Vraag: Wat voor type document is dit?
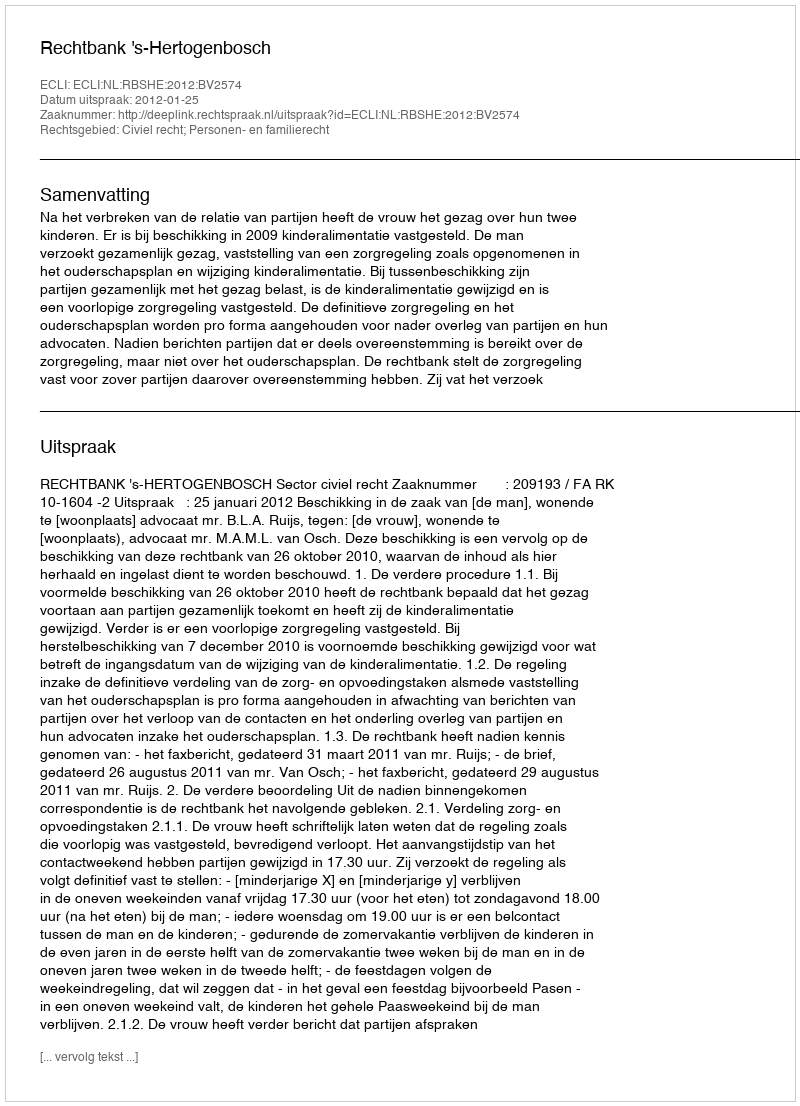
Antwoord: Uitspraak